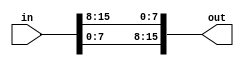
`timescale 1ns / 1ps
//////////////////////////////////////////////////////////////////////////////////
// Company: 
// Engineer: 
// 
// Design Name: 
// Module Name:    LED_Correction 
// Project Name: 
// Target Devices: 
// Tool versions: 
// Description: 
//
// Dependencies: 
//
// Revision: 
// Revision 0.01 - File Created
// Additional Comments: 
//
//////////////////////////////////////////////////////////////////////////////////
module LED_Correction ( 
	input [15:0] in ,
	output reg [15:0] out 
	);
	integer i;
						
	always @(*)
	begin 
		for (i=0;i<8;i=i+1)
		begin
			out[i+8] = in [i] ;
			out[i] 	= in[i+8] ;
 		end
	end
endmodule